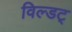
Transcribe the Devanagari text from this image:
विल्डट्